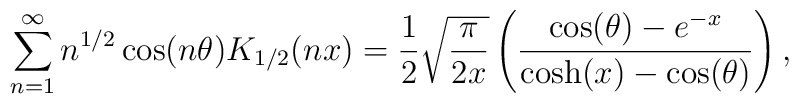
\sum_{n=1}^{\infty}n^{1/2}\cos(n\theta)K_{1/2}(nx)=\frac{1}{2}\sqrt{\frac{\pi}{2x}}\left(\frac{\cos(\theta)-e^{-x}}{\cosh(x)-\cos(\theta)}\right),\nonumber